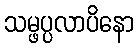
သမ္ဖပ္ပလာပိနော